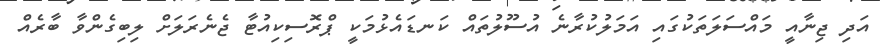
އަދި ޖިނާއީ މައްސަލަތަކުގައި އަމަލުކުރާނެ އުސޫލުތައް ކަނޑައެޅުމަކީ ޕްރޮސިކިއުޓާ ޖެނެރަލަށް ލިބިގެންވާ ބާރެއް